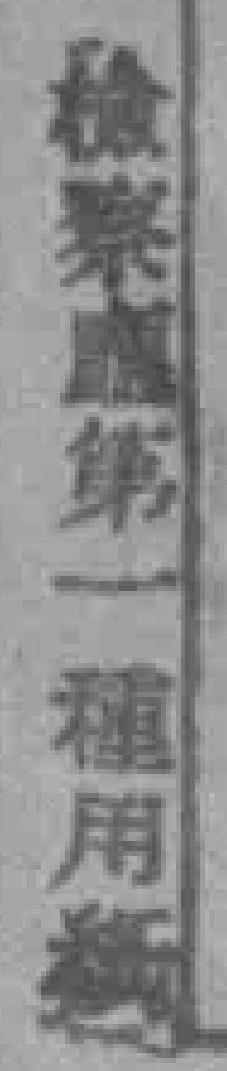
检察廰第一種用*